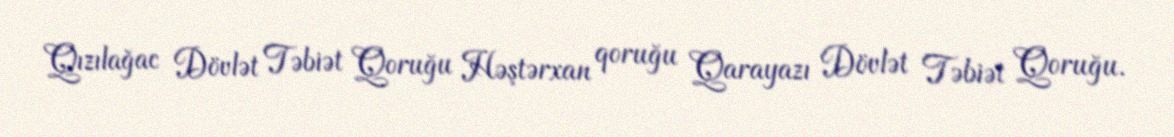
Qızılağac Dövlət Təbiət Qoruğu Həştərxan qoruğu Qarayazı Dövlət Təbiət Qoruğu.